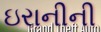
ઇરાનીની